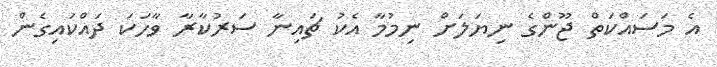
އެ މަސައްކަތް ޖޫންގެ ނިޔަލަށް ނިމުމާ އެކު ޗައިނާ ސަރުކާރާ ވާހަކަ ދައްކައިގެން